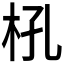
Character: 𣏺